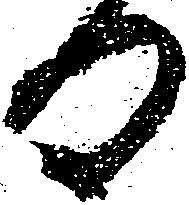
日